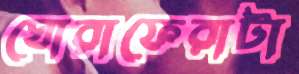
ঘোরাফেরাটা